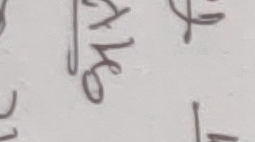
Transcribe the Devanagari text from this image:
गु मात्रा मात्र